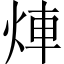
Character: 𤉖